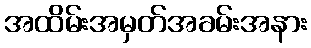
အထိမ်းအမှတ်အခမ်းအနား